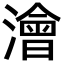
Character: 澮